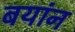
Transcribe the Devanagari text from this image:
बयांन